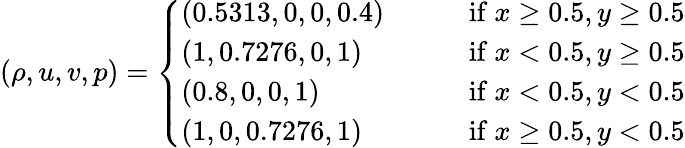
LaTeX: \begin{array}{r}{(\rho,u,v,p)=\left\{ \begin{array}{ll}{(0.5313,0,0,0.4)\qquad}&{\mathrm{if~}x\ge 0.5,y\ge 0.5}\\ {(1,0.7276,0,1)}&{\mathrm{if~}x<0.5,y\ge 0.5}\\ {(0.8,0,0,1)}&{\mathrm{if~}x<0.5,y<0.5}\\ {(1,0,0.7276,1)}&{\mathrm{if~}x\ge 0.5,y<0.5}\end{array}\right.}\end{array}